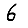
Digit: 6